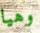
وهيا